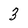
Character: 3